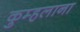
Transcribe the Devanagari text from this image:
कुम्हलाना